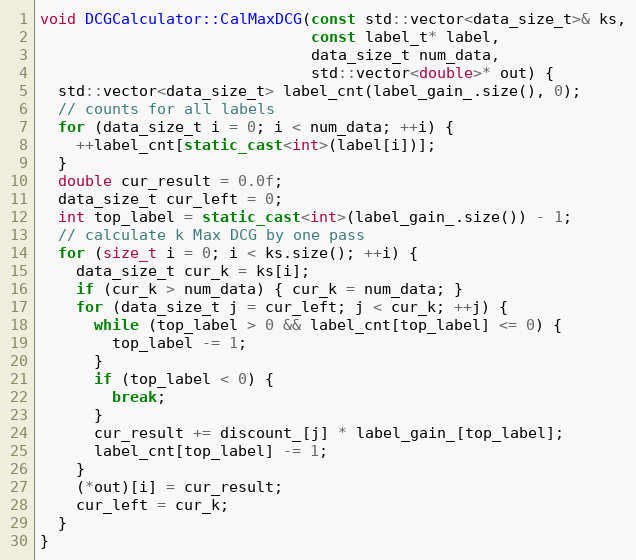
Language: C++
void DCGCalculator::CalMaxDCG(const std::vector<data_size_t>& ks,
                              const label_t* label,
                              data_size_t num_data,
                              std::vector<double>* out) {
  std::vector<data_size_t> label_cnt(label_gain_.size(), 0);
  // counts for all labels
  for (data_size_t i = 0; i < num_data; ++i) {
    ++label_cnt[static_cast<int>(label[i])];
  }
  double cur_result = 0.0f;
  data_size_t cur_left = 0;
  int top_label = static_cast<int>(label_gain_.size()) - 1;
  // calculate k Max DCG by one pass
  for (size_t i = 0; i < ks.size(); ++i) {
    data_size_t cur_k = ks[i];
    if (cur_k > num_data) { cur_k = num_data; }
    for (data_size_t j = cur_left; j < cur_k; ++j) {
      while (top_label > 0 && label_cnt[top_label] <= 0) {
        top_label -= 1;
      }
      if (top_label < 0) {
        break;
      }
      cur_result += discount_[j] * label_gain_[top_label];
      label_cnt[top_label] -= 1;
    }
    (*out)[i] = cur_result;
    cur_left = cur_k;
  }
}